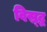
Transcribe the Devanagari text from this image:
विस्र्द्ध